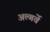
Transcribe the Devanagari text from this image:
अल्गर्वे